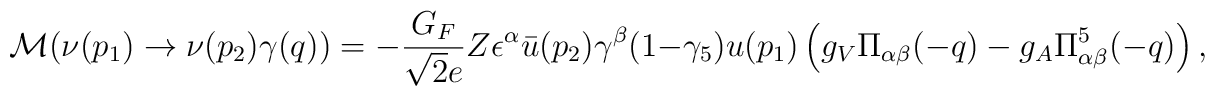
{\cal M}(\nu(p_1)\to \nu(p_2)\gamma(q))=-{G_F\over \sqrt{2}e}Z\epsilon^{\alpha}\bar{u}(p_2)\gamma^{\beta}(1-\gamma_5)u(p_1) \left(g_V\Pi_{\alpha\beta}(-q)-g_A\Pi^5_{\alpha\beta}(-q)\right),